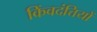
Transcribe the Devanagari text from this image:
किंवदंत्तियों